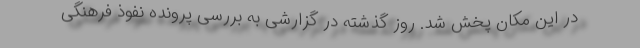
در این مکان پخش شد. روز گذشته در گزارشی به بررسی پرونده نفوذ فرهنگی